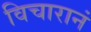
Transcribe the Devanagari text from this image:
विचारानं